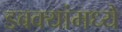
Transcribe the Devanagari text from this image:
डबक्यांमध्ये